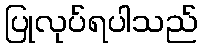
ပြုလုပ်ရပါသည်